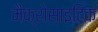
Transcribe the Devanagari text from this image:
मैक्रोसाइटिक